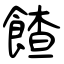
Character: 餷